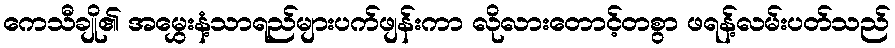
ကေသီချို၏ အမွှေးနံ့သာရည်များပက်ဖျန်းကာ လိုလားတောင့်တစွာ ဖရန့်လမ်းပတ်သည်